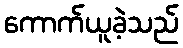
ကောက်ယူခဲ့သည်